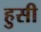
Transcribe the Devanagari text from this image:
हुसी